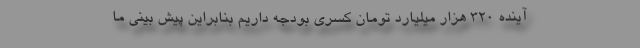
آینده ۳۲۰ هزار میلیارد تومان کسری بودجه داریم بنابراین پیش بینی ما